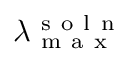
\lambda _ { \mathrm { ~ m ~ a ~ x ~ } } ^ { \mathrm { ~ s ~ o ~ l ~ n ~ } }